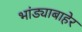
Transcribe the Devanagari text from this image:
भांड्याबाहेर